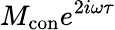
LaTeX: M_{\mathrm{{con}}}e^{2i\omega\tau}